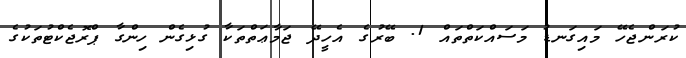
ކުރަންޖެހޭ މައިގަނޑު މަސައްކަތްތައް 1. ބޭރުގެ އެހީދޭ ޖަމާޢަތްތަކާ ގުޅިގެން ހިންގާ ޕްރޮޖެކްޓުތަކުގެ